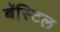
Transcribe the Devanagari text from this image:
बॅस्टिल